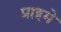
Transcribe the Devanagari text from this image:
प्राइमे